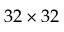
3 2 \times 3 2